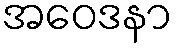
အဝေဒနာ